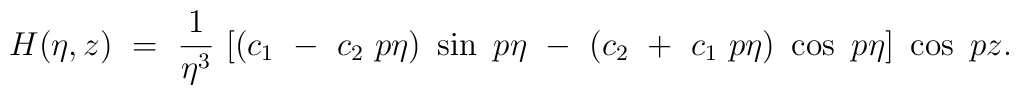
H (\eta,z) ~=~ \frac 1 {\eta^3} ~[ (c_{1} ~-~ c_{2}~p \eta) ~\sin ~p \eta ~-~(c_{2} ~+~ c_{1}~p \eta) ~ \cos ~p \eta ]~ \cos~p z.